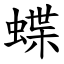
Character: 蝶